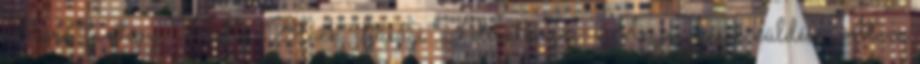
Clare, fantasy, Holly Black, ifjúsági Feliratkozás: Megjegyzések küldése Atom